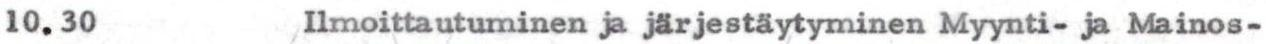
10.30 Ilmoittautuminen ja järjestäytyminen Myynti- ja Mainos-